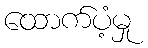
ထောက်ပံ့မှု